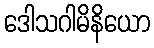
ဒေါသဂါမိနိယော